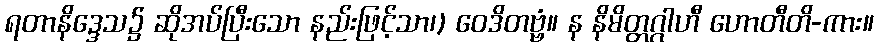
ရတာနိဒ္ဒေသ၌ ဆိုအပ်ပြီးသော နည်းဖြင့်သာ၊) ဝေဒိတဗ္ဗံ။ န နိမိတ္တဂ္ဂါဟီ ဟောတီတိ-ကား။